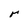
Character: r